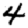
Digit: 4